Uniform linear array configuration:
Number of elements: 4
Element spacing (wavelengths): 0.5
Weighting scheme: hann
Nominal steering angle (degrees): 0
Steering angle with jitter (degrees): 0.006476
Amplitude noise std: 0.05
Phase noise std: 0.05

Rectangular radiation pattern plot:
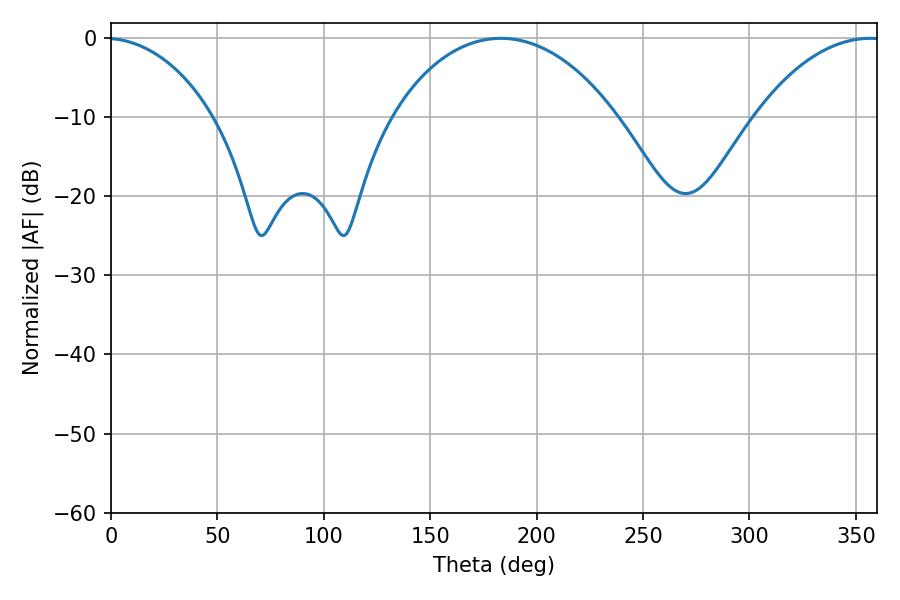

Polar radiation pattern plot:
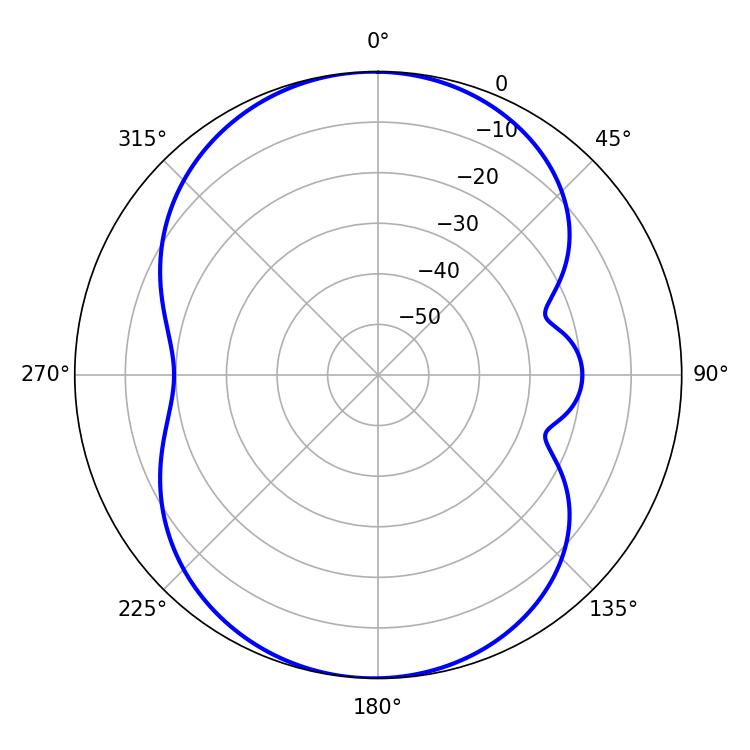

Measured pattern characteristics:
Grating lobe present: FALSE
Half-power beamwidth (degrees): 60.12
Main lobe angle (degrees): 183.24